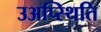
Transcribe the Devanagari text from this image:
उअप्स्थिति